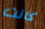
كانت